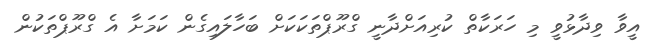
އީވާ ވިދާޅުވީ މި ހަރަކާތް ކުރިއަށްދާނީ ގްރޫޕްތަކަކަށް ބަހާލައިގެން ކަމަށާ އެ ގްރޫޕްތަކުން